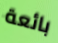
بائعة